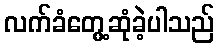
လက်ခံတွေ့ဆုံခဲ့ပါသည်